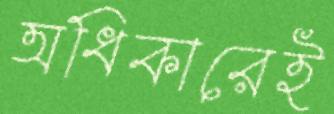
অধিকারেই